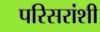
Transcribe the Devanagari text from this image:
परिसरांशी